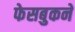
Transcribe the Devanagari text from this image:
फेसबुकने